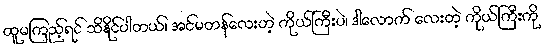
ထူမကြည့်ရင် သိနိုင်ပါတယ်၊ အင်မတန်လေးတဲ့ ကိုယ်ကြီးပဲ၊ ဒါလောက် လေးတဲ့ ကိုယ်ကြီးကို